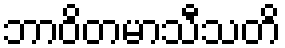
ဘာဝိတမာသီသတိ